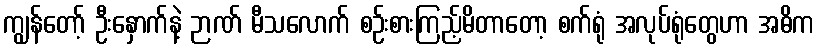
ကျွန်တော့် ဦးနှောက်နဲ့ ဉာဏ် မီသလောက် စဉ်းစားကြည့်မိတာတော့ စက်ရုံ အလုပ်ရုံတွေဟာ အဓိက